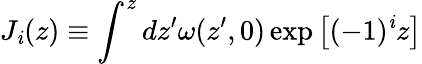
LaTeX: J_{\mathit{i}}(z)\equiv\int^{z}dz^{\prime}\omega(z^{\prime},0)\exp\big[(-1)^{\mathit{i}}z\big]